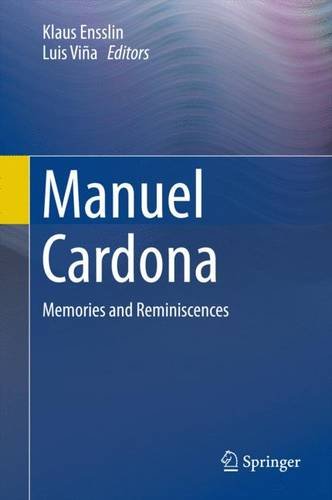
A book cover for Manuel Cardona: Memories and Reminiscences; Science & Math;